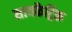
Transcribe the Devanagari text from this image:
सायकैट्रिक